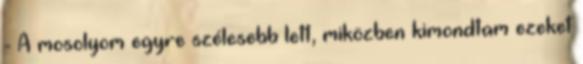
- A mosolyom egyre szélesebb lett, miközben kimondtam ezeket